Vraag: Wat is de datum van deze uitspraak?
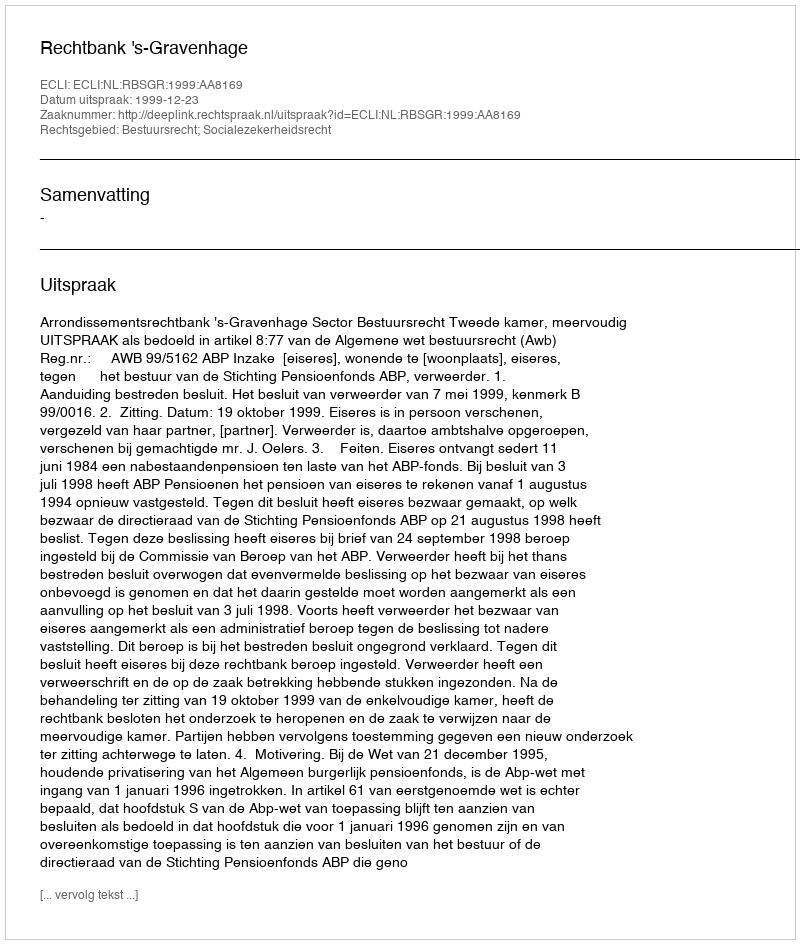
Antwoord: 1999-12-23